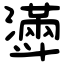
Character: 𣂎